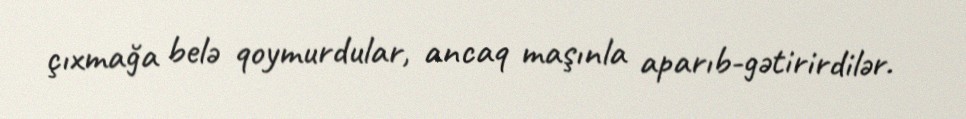
çıxmağa belə qoymurdular, ancaq maşınla aparıb-gətirirdilər.